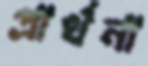
প্রার্থনা